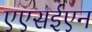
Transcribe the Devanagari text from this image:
एएसईएन